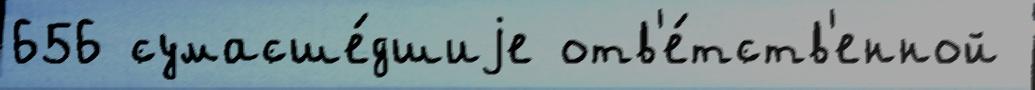
656 сумасше́дшиjе отв'е́тств'енной